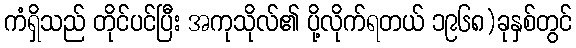
ကံရှိသည် တိုင်ပင်ပြီး အကုသိုလ်၏ ပို့လိုက်ရတယ် ၁၉၆၈)ခုနှစ်တွင်